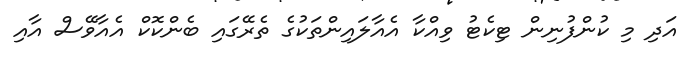
އަދި މި ކުންފުނިން ޓިކެޓު ވިއްކާ އެއާލައިންތަކުގެ ތެރޭގައި ބެންކޮކް އެއާވޭސް އާއި